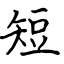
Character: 短